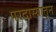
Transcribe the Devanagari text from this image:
परदास्यातून